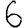
Digit: 6